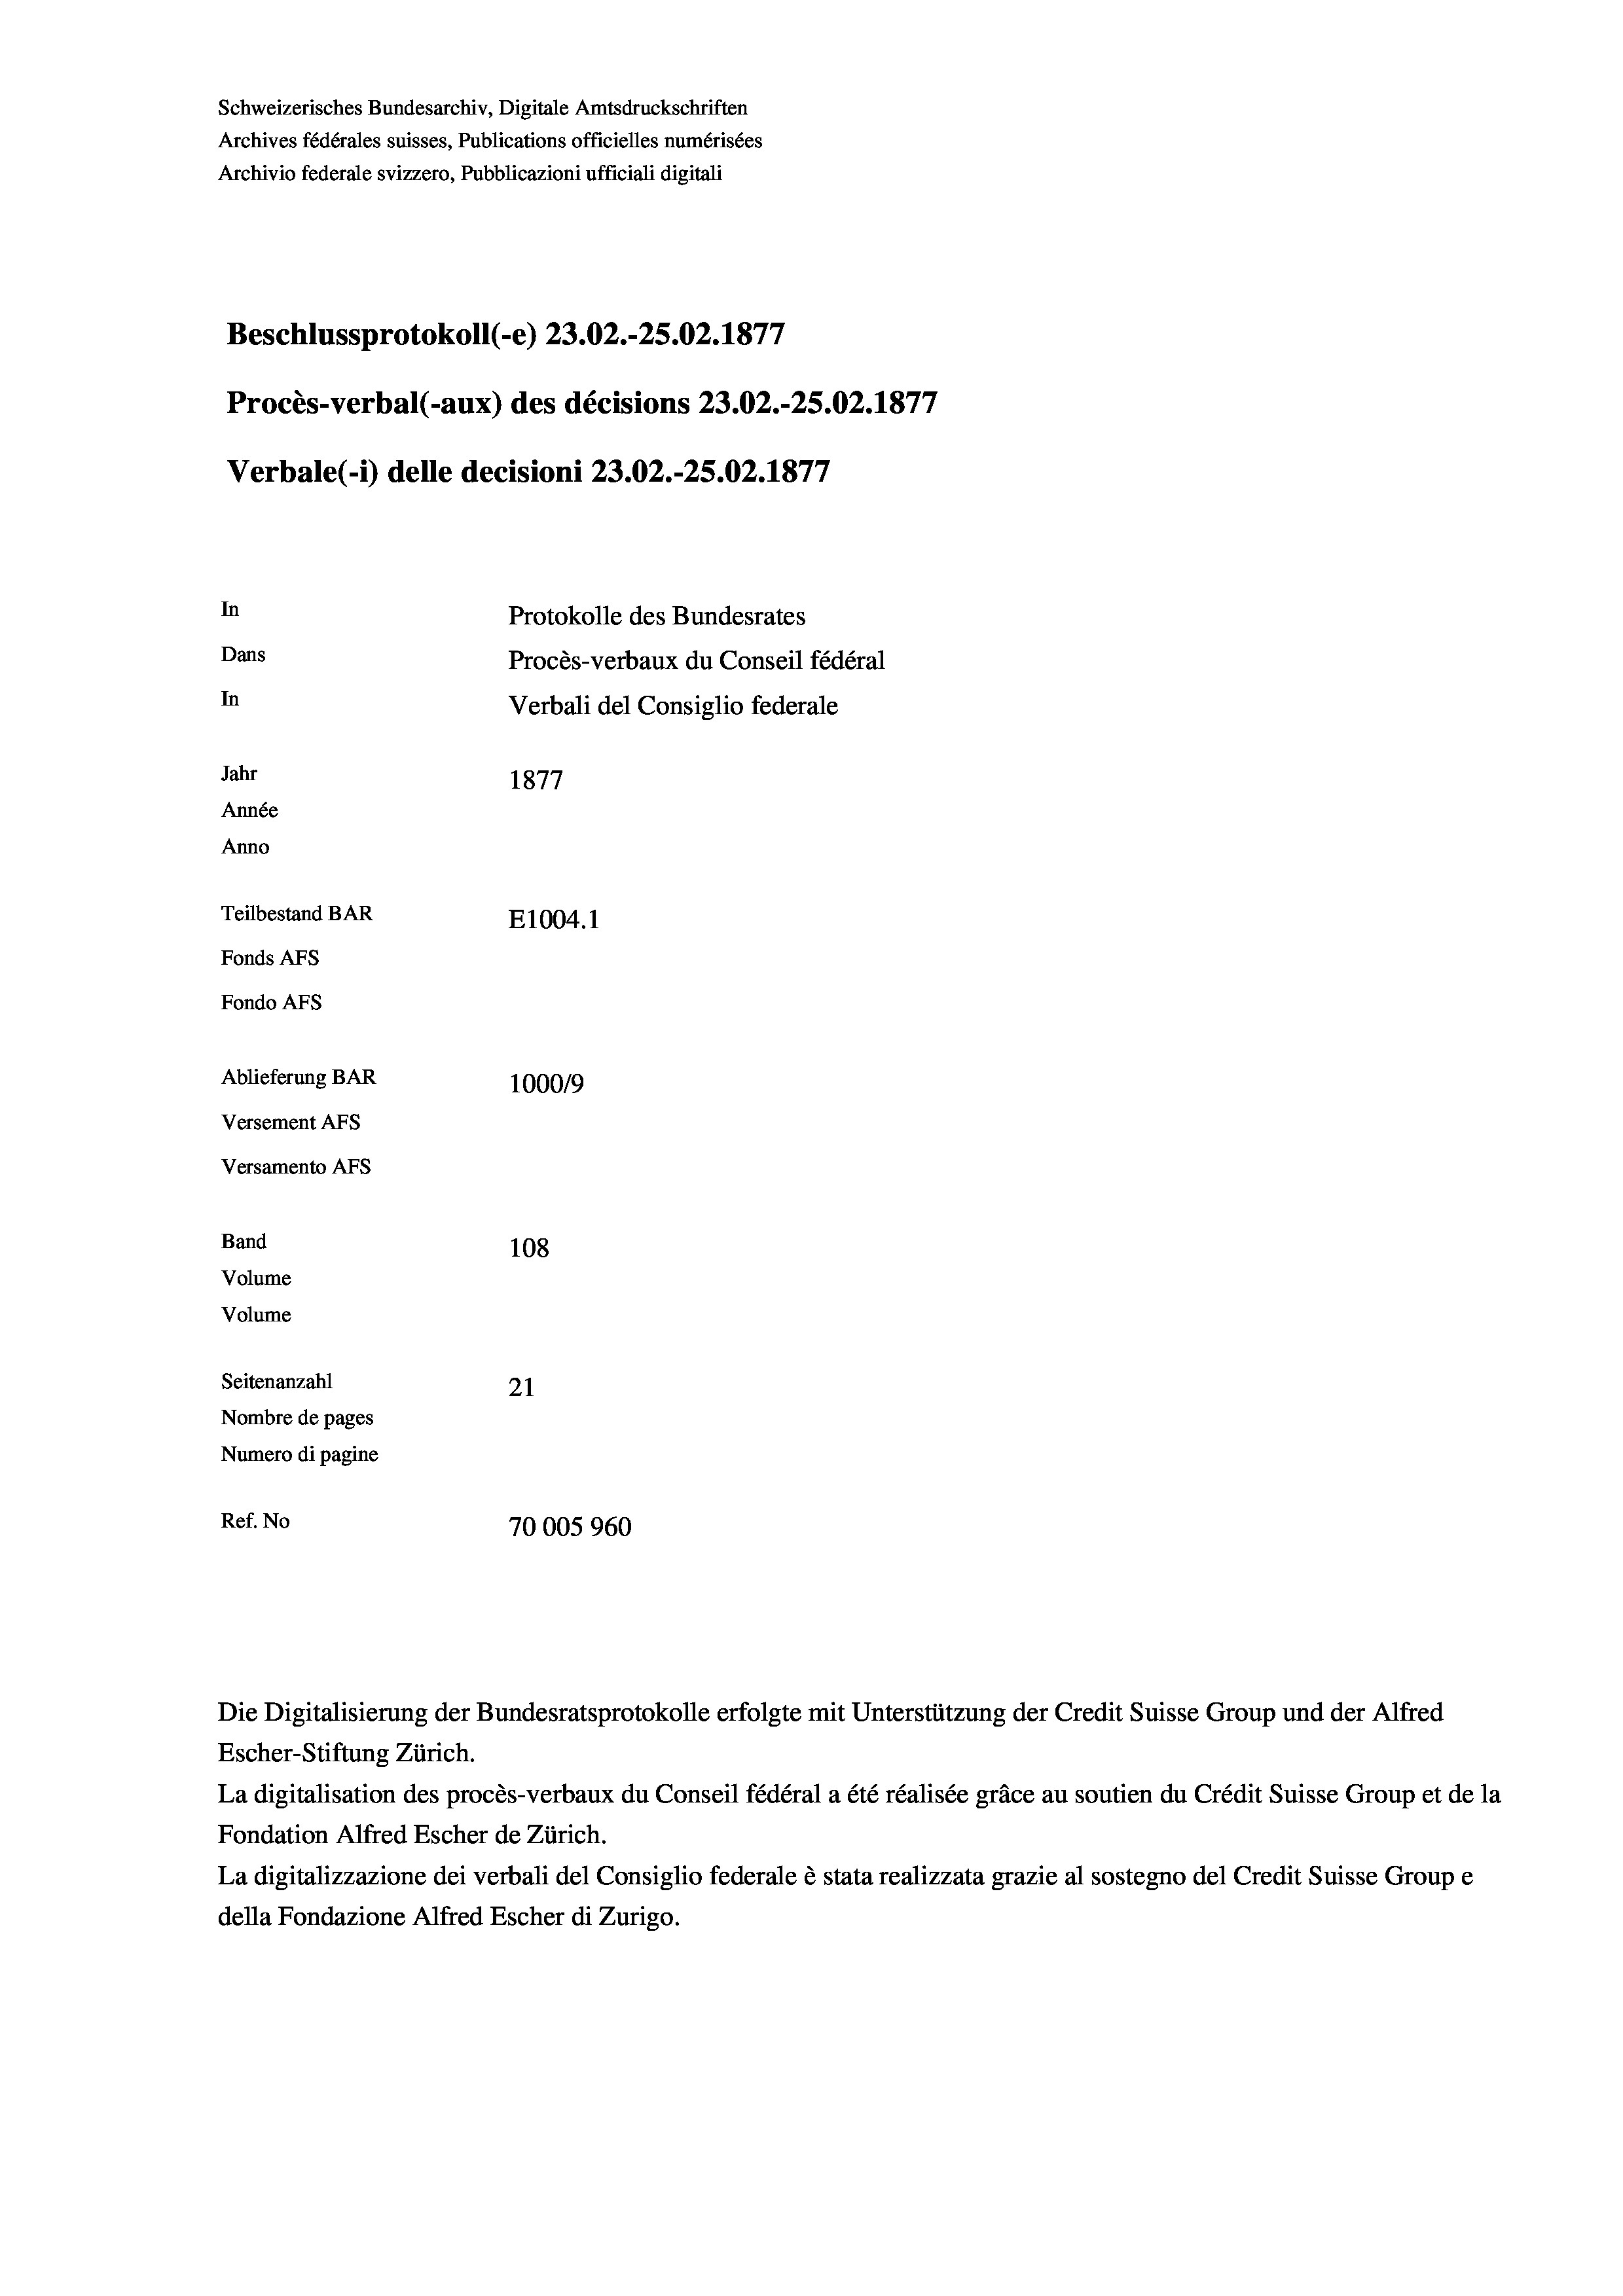
Schweizerisches Bundesarchiv, Digitale Amtsdruckschriften
Archives fédérales suisses, Publications officielles numérisées
Beschlussprotokoll (-e) 23.02.-25.02. 1877
Procès-verbal (-aux) des décisions 23.02.-25.02.1877
In
Protokolle des Bundesrates
Dans
Procès-verbaux du Conseil fédéral
In
Verbali del Consiglio federale
Jahr
1877
Année
Anno
Teilbestand BAR
E1004. 1
Fonds AFs
Fondo AFS
Ablieferung BAR
100019
Versement AFs

Versamento Afs
Band

Archivio federale svizzero, Pubblicazioni ufficiali digitali

Verbale(- 1) delle decisioni 23.02.-25.02. 1877

108
Volume
Volume
Seitenanzahl
21
Nombre de pages
Numero di pagine
Ref. No
70005960

Escher-Stiftung Zürich.
La digitalisation des procès-verbaux du Conseil fédéral a été réalisée gräce au soutien du Crédit Suisse Group et de la
Fondation Alfred Escher de Zürich.
La digitalizzazione dei verbali del Consiglio federale è stata realizzata grazie al sostegno del Credit Suisse Groupe
della Fondazione Alfred Escher di Zurigo.

Die Digitalisierung der Bundesratsprotokolle erfolgte mit Unterstützung der Credit Suisse Group und der Alfred